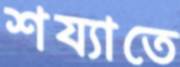
শয্যাতে